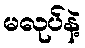
မလုပ်နဲ့